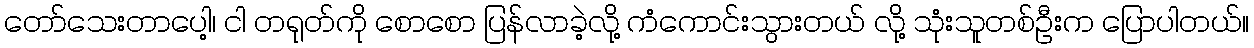
တော်သေးတာပေါ့၊ ငါ တရုတ်ကို စောစော ပြန်လာခဲ့လို့ ကံကောင်းသွားတယ် လို့ သုံးသူတစ်ဦးက ပြောပါတယ်။